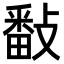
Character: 𢿥